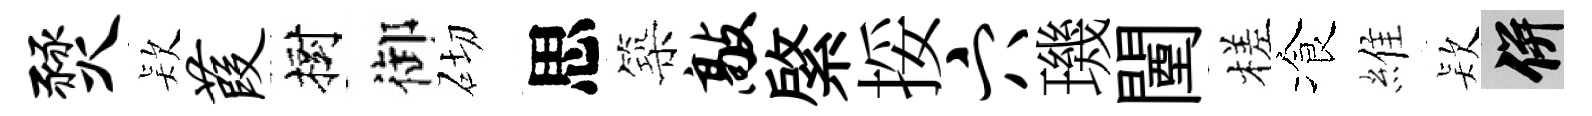
燹𣣇葭樹御砌思築敲綮挼穴璣闉槎飡維𣣇并